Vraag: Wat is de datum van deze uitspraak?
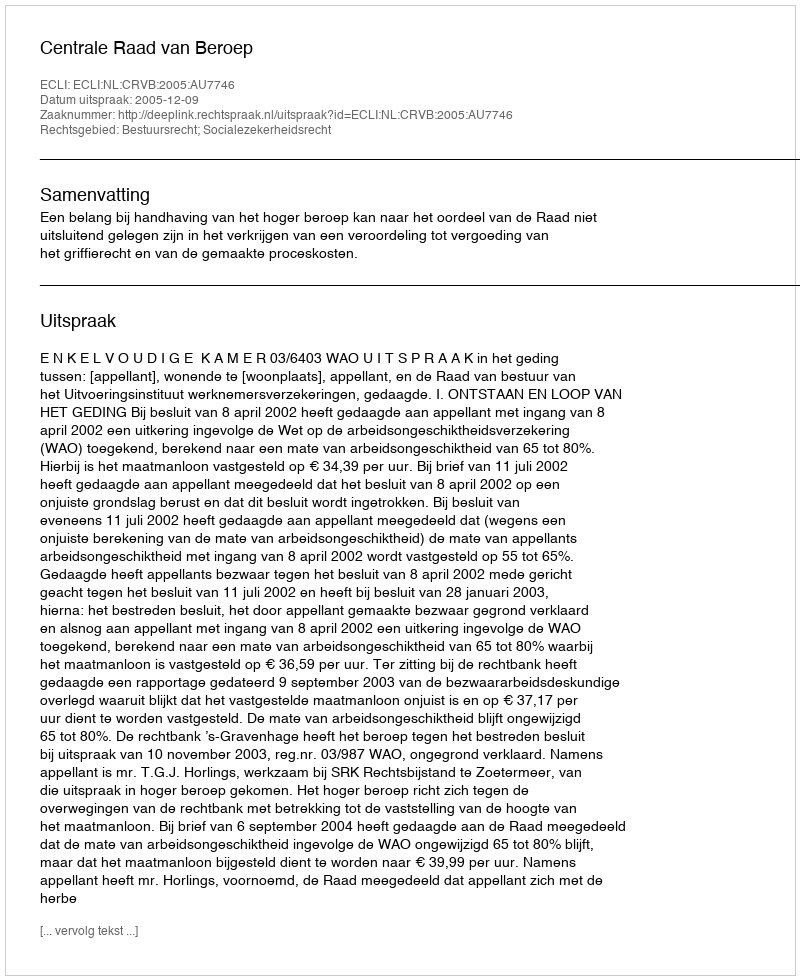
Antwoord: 2005-12-09